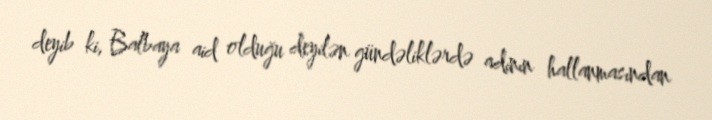
deyib ki, Balbaya aid olduğu deyilən gündəliklərdə adının hallanmasından